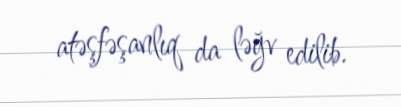
atəşfəşanlıq da ləğv edilib.